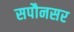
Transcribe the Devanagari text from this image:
सपौनसर